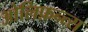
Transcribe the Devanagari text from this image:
ओलिफ़न्त्स